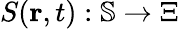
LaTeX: S(\mathbf{r},t):\mathbb{S}\rightarrow\Xi